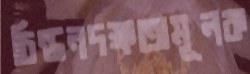
চিন্তনদক্ষতামূলক